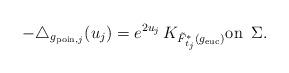
LaTeX: \begin{align*} -\triangle_{g_{\textnormal{poin},j}}(u_{j}) = e^{2 u_{j}} \, K_{\tilde F_{t_{j}}^*(g_{\textnormal{euc}})} \textnormal{on} \,\,\, \Sigma.\end{align*}